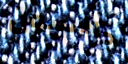
جالسون